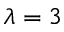
\lambda = 3